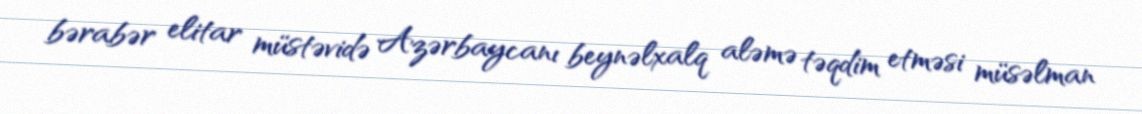
bərabər elitar müstəvidə Azərbaycanı beynəlxalq aləmə təqdim etməsi müsəlman